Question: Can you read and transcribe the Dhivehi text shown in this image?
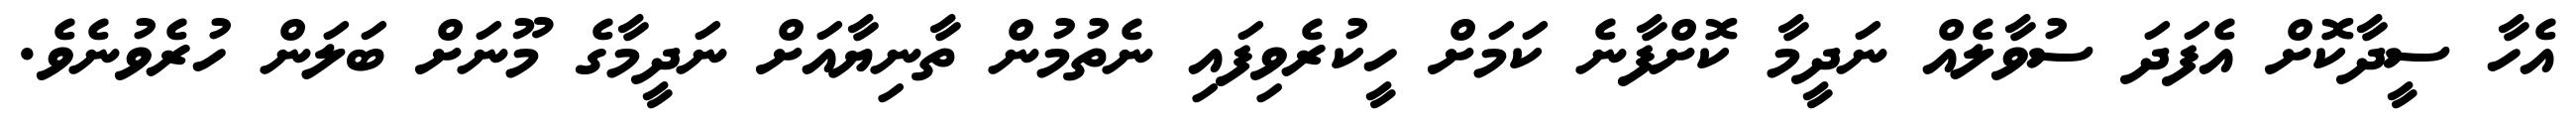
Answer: އެހާ ސީދާކޮށް އެފަދަ ސުވާލެއް ނަދީމާ ކޮށްފާނެ ކަމަށް ހީކުރެވިފައި ނެތުމުން ތާނިޔާއަށް ނަދީމާގެ މޫނަށް ބަލަން ހުރެވުނެވެ.